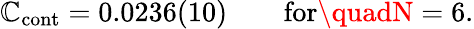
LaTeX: \mathbb{C}_{\mathrm{{cont}}}=0.0236(10)\qquad\mathrm{{for}}\quadN=6.